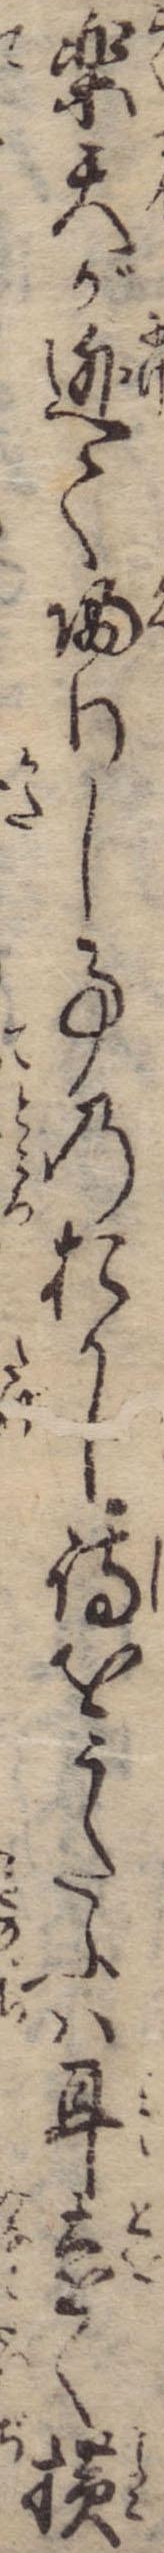
楽天が逃て帰りし事のおかし詩をうたふは耳遠く横